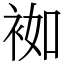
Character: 袽